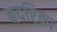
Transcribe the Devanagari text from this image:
बदरिका